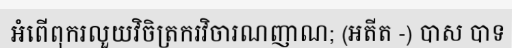
អំពើពុករលួយវិចិត្រករវិចារណញាណ; (អតីត -) បាស បាទ